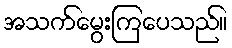
အသက်မွေးကြပေသည်။